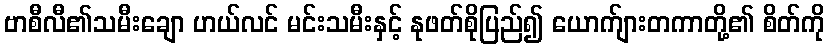
ဗာစီလီ၏သမီးချော ဟယ်လင် မင်းသမီးနှင့် နုဖတ်စိုပြည်၍ ယောက်ျားတကာတို့၏ စိတ်ကို